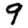
Digit: 9